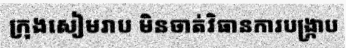
ក្រុងសៀមរាប មិនចាត់វិធានការបង្ក្រាប